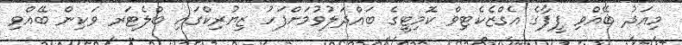
މިއަދު ބޭއްވި ފީފާގެ އެގްޒެކެޓިވް ކޮމިޓީގެ ބައްދަލުވުމަށްފަހު ޒިޔުރިކްގައި ބްލެޓަރ ވަކިން ބޭއްވި